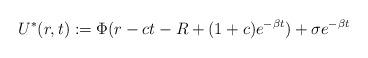
LaTeX: \begin{align*}U^*(r,t):=\Phi(r-ct-R+(1+c)e^{-\beta t})+\sigma e^{-\beta t}\end{align*}